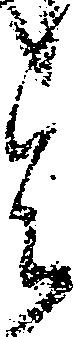
令